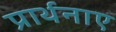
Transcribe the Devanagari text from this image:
प्रार्थनाए